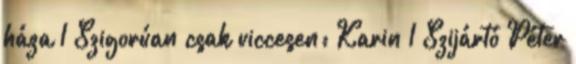
háza 1 Szigorúan csak viccesen: Karin 1 Szijártó Péter